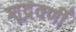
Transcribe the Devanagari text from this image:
शूद्रवर्णी